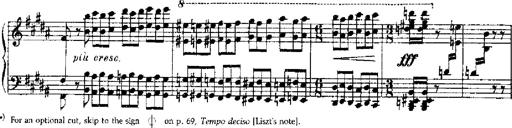
Title: RÃ©miniscences de Robert le diable
Composer: Franz Liszt